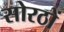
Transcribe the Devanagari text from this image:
सोरठों